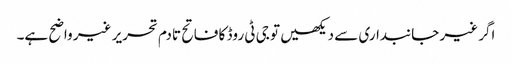
اگر غیر جانبداری سے دیکھیں تو جی ٹی روڈ کا فاتح تادم تحریر غیر واضح ہے۔